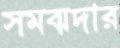
সমঝদার